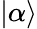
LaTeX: \rvert\alpha\rangle